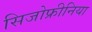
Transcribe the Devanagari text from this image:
सिजोफ्रीनिया